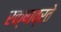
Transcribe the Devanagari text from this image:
रक्षाव्रते